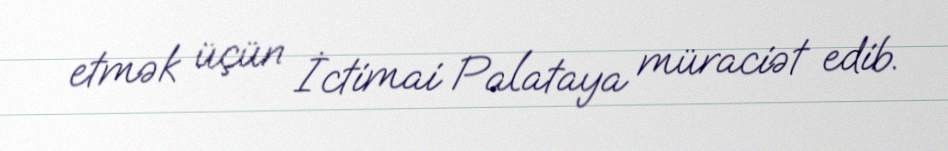
etmək üçün İctimai Palataya müraciət edib.